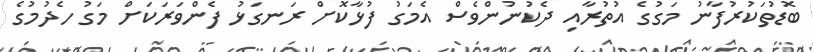
ބޮޑުތަކުރުފާނު މަގުގެ އުތުރާއި ދެކުނުންވެސް އެމަގު ފުޅާކޮށް ރަނގަޅު ފެންވަރަކަށް މަގު ހެދުމުގެ